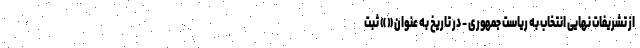
از تشریفات نهایی انتخاب به ریاست جمهوری - در تاریخ به عنوان « » ثبت